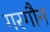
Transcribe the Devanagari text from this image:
गरगौन